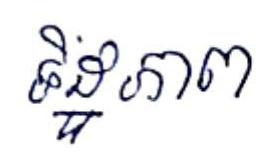
ទិដ្ឋភាព